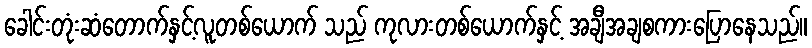
ခေါင်းတုံးဆံတောက်နှင့်လူတစ်ယောက် သည် ကုလားတစ်ယောက်နှင့် အချီအချစကားပြောနေသည်။